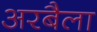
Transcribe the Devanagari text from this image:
अरबैला